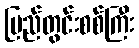
ပြည်တွင်းစစ်ကြီး